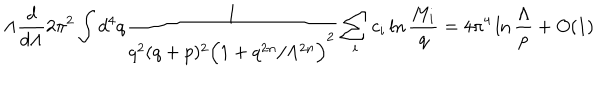
\Lambda \frac { d } { d \Lambda } 2 \pi ^ { 2 } \int d ^ { 4 } q \frac { 1 } { q ^ { 2 } ( q + p ) ^ { 2 } \Big ( 1 + q ^ { 2 n } / \Lambda ^ { 2 n } \Big ) ^ { 2 } } \sum _ { i } c _ { i } \ln \frac { M _ { i } } { q } = 4 \pi ^ { 4 } \ln \frac { \Lambda } { p } + O ( 1 )